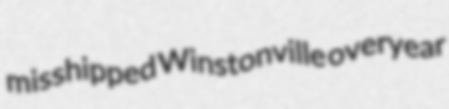
misshipped Winstonville overyear